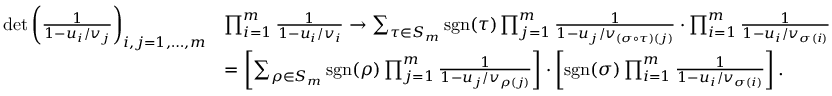
\begin{array} { r l } { \operatorname* { d e t } \left( \frac { 1 } { 1 - u _ { i } / v _ { j } } \right) _ { i , j = 1 , \dots , m } } & { \prod _ { i = 1 } ^ { m } \frac { 1 } { 1 - u _ { i } / v _ { i } } \rightarrow \sum _ { \tau \in S _ { m } } { \mathrm { s g n } } ( \tau ) \prod _ { j = 1 } ^ { m } \frac { 1 } { 1 - u _ { j } / v _ { ( \sigma \circ \tau ) ( j ) } } \cdot \prod _ { i = 1 } ^ { m } \frac { 1 } { 1 - u _ { i } / v _ { \sigma ( i ) } } } \\ & { = \left[ \sum _ { \rho \in S _ { m } } { \mathrm { s g n } } ( \rho ) \prod _ { j = 1 } ^ { m } \frac { 1 } { 1 - u _ { j } / v _ { \rho ( j ) } } \right] \cdot \left[ { \mathrm { s g n } } ( \sigma ) \prod _ { i = 1 } ^ { m } \frac { 1 } { 1 - u _ { i } / v _ { \sigma ( i ) } } \right] . } \end{array}